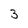
Character: 3